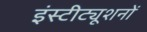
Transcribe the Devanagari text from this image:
इंस्टीट्यूशनों